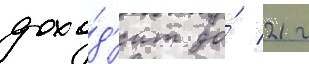
дохо́д'ит до́ 21 г